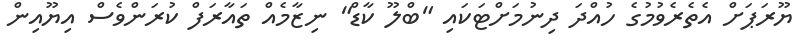
ޔޫރަޕަށް އެތެރެވުމުގެ ހުއްދަ ދިނުމަށްޓަކައި "ބްލޫ ކާޑް" ނިޒާމެއް ތައާރަފް ކުރަންވެސް އިޔޫއިން